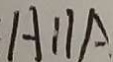
H / / A